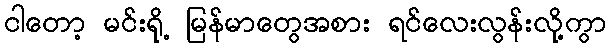
ငါတော့ မင်းရို့ မြန်မာတွေအစား ရင်လေးလွန်းလို့ကွာ